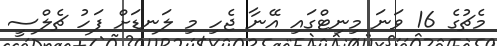
މެޗުގެ 16 ވަނަ މިނިޓްގައި އޭނާ ޖެހި މި ލަނޑަށް ފަހު ޗެލްސީ